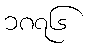
၁၈၇၆